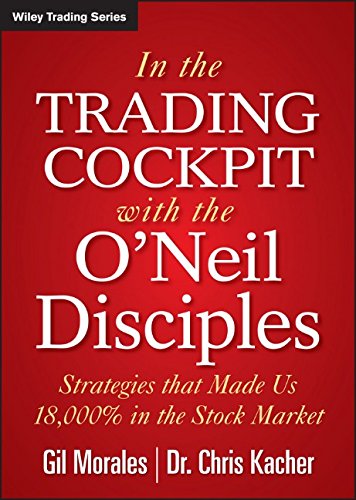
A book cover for In The Trading Cockpit with the O'Neil Disciples: Strategies that Made Us 18,000% in the Stock Market; Gil Morales; Business & Money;